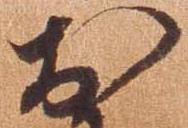
於